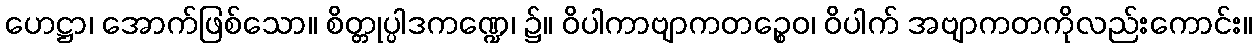
ဟေဋ္ဌာ၊ အောက်ဖြစ်သော။ စိတ္တုပ္ပါဒကဏ္ဍေ၊ ၌။ ဝိပါကာဗျာကတဉ္စေဝ၊ ဝိပါက် အဗျာကတကိုလည်းကောင်း။